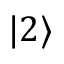
| 2 \rangle